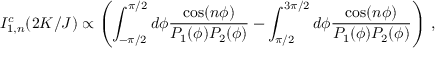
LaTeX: I _ { 1 , n } ^ { c } ( 2 K / J ) \propto \left( \int _ { - \pi / 2 } ^ { \pi / 2 } d \phi \frac { \cos ( n \phi ) } { { \cal P } _ { 1 } ( \phi ) { \cal P } _ { 2 } ( \phi ) } - \int _ { \pi / 2 } ^ { 3 \pi / 2 } d \phi \frac { \cos ( n \phi ) } { { \cal P } _ { 1 } ( \phi ) { \cal P } _ { 2 } ( \phi ) } \right) \, ,